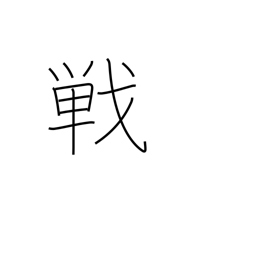
Meaning: match